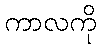
ကာလကို